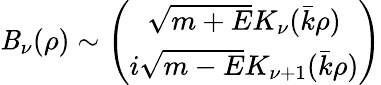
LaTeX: \mathit{B}_{\nu}(\rho)\sim\left(\begin{array}{c}{{\sqrt{m+E}K_{\nu}(\bar{k}\rho)}}\\ {{i\sqrt{m-E}K_{\nu+1}(\bar{k}\rho)}}\end{array}\right)